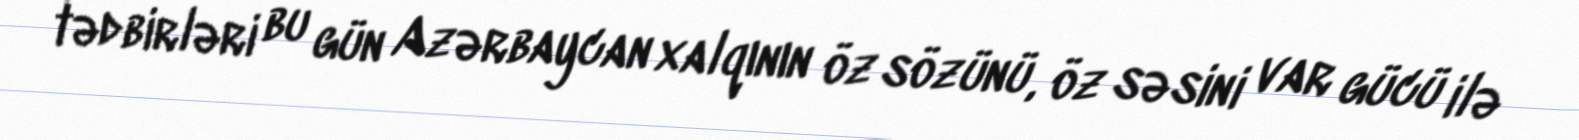
tədbirləri bu gün Azərbaycan xalqının öz sözünü, öz səsini var gücü ilə